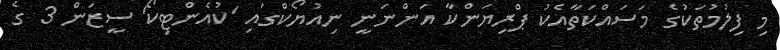
މި ފިލުމުތަކުގެ މަސައްކަތާއެކު ޕްރިޔަންކާ އަންނަނީ ނިއުޔޯކްގައި 'ކުއެންޓިކޯ' ސީޒަން 3 ގެ